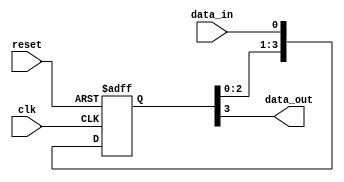
module siso_shift_register (
    input clk,
    input reset,
    input data_in,
    output reg data_out
);

reg [3:0] shift_reg;

always @(posedge clk or posedge reset) begin
    if (reset) begin
        shift_reg <= 4'b0;
    end else begin
        shift_reg <= {shift_reg[2:0], data_in};
    end
end

assign data_out = shift_reg[3];

endmodule